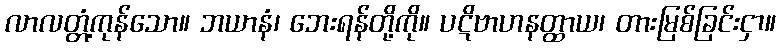
လာလတ္တံ့ကုန်သော။ ဘယာနံ၊ ဘေးရန်တို့ကို။ ပဋိဗာဟနတ္ထာယ၊ တားမြစ်ခြင်းငှာ။